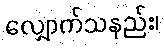
လျှောက်သနည်း၊